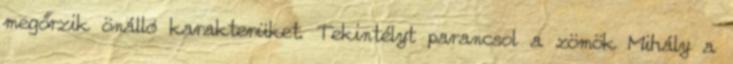
megőrzik önálló karakterüket. Tekintélyt parancsol a zömök Mihály a